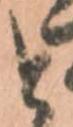
と